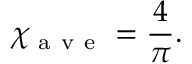
\chi _ { \mathrm { ~ a ~ v ~ e ~ } } = \frac { 4 } { \pi } .